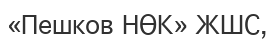
«Пешков НӨК» ЖШС,